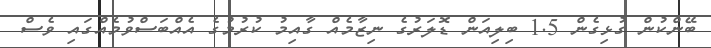
ބޭންކުން ގުޅިގެން 1.5 ބިލިއަން ޑޮލަރުގެ ނިޒާމެއް ގާއިމު ކުރުމުގެ އެއްބަސްވުމެއްގައި ވެސް